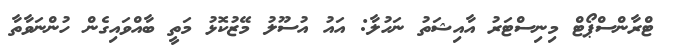
ޓްރާންސްޕޯޓް މިނިސްޓަރު އާއިޝަތު ނަހުލާ: އައު އުސޫލު މޭޒުކޮޅު މަތީ ބާއްވައިގެން ހުންނަވާތާ